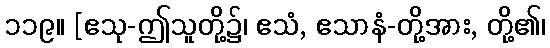
၁၁၉။ [ဧသု-ဤသူတို့၌၊ ဧသံ, ဧသာနံ-တို့အား, တို့၏၊